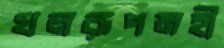
খলরূপমহী